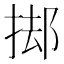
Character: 𭡊